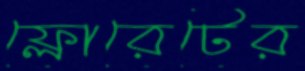
ফ্লোরেটের